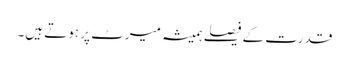
قدرت کے فیصلے ہمیشہ میرٹ پر ہوتے ہیں۔